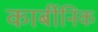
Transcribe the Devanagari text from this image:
कार्बीनिक